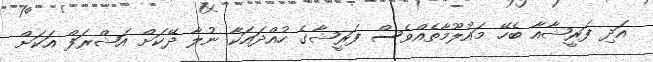
އަދި ފަރީޝާއާ ބެހޭ މައުލޫމާތެއްވެސް ފަރީޝާގެ ހުއްދައަކާ ނުލާ ދޭކަށް އަޝްރަފް އަކަށް